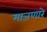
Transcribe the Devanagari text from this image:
माजणारे